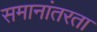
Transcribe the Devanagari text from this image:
समानांतरता